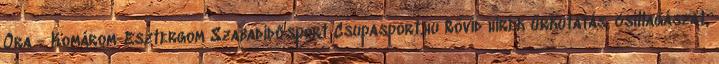
Óra - Komárom-Esztergom Szabadidősport Csupasport.hu Rövid hírek űrkutatás, csillagászat,